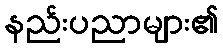
နည်းပညာများ၏